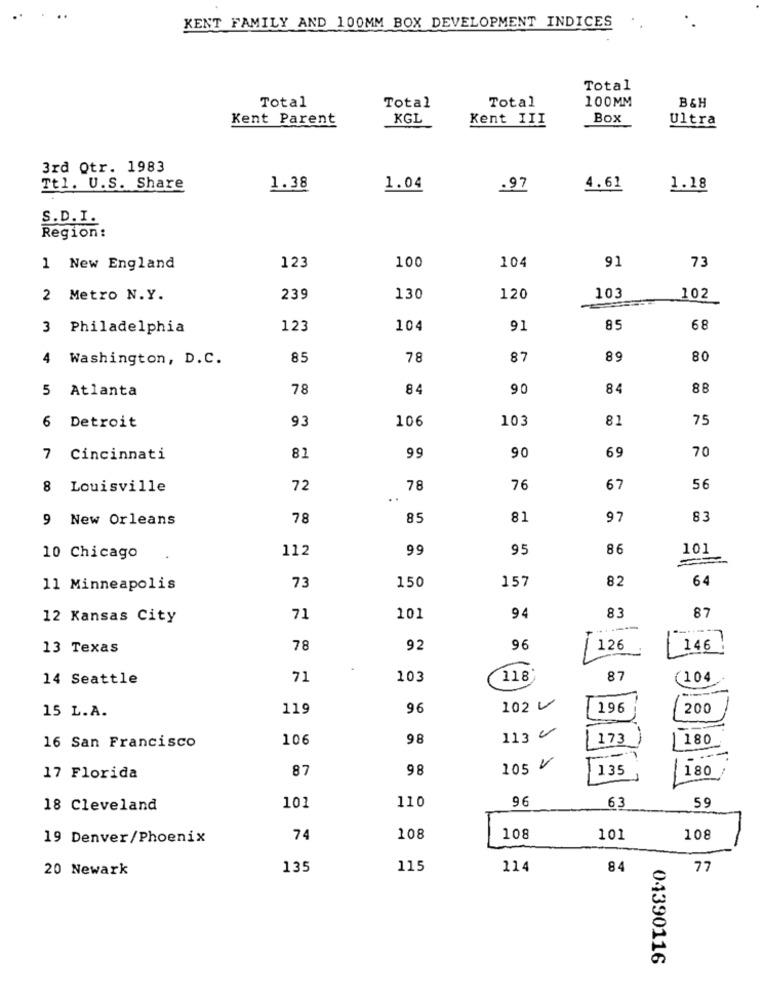
KENT FAMILY AND 100MM BOX DEVELOPMENT INDICES
Total
Total
Total
100MM
B&H
Total
Kent Parent
KGL
Kent III
Box
Ultra
3rd Qtr. 1983
Ttl. U.S. Share
1.38
1.04
.97
4.61
1.18
S.D. I.
Region:
100
91
1 New England
123
104
73
2 Metro N.Y.
239
130
120
103
102
3 Philadelphia
123
104
91
85
68
4
Washington, D.C.
85
78
87
89
80
5 Atlanta
78
84
90
84
93
106
103
81
75
6 Detroit
70
7 Cincinnati
81
99
90
69
8 Louisville
72
78
76
67
56
..
9 New Orleans
78
85
81
97
83
112
99
95
86
101
10 Chicago
82
64
11 Minneapolis
73
150
157
87
12 Kansas City
71
101
94
83
13 Texas
78
92
96
/ 126
146
14 Seattle
71
103
118
87
(104
119
96
102 V
196
200
15 L.A.
106
98
113 c
173
1 180
16 San Francisco
87
98
105 V
135
180
17 Florida
110
96
63
59
18 Cleveland
101
19 Denver/Phoenix
74
108
108
101
108
20 Newark
135
115
114
84
77
04390116